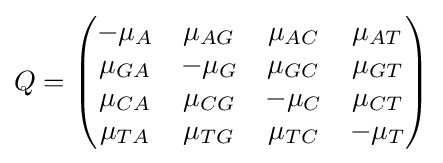
Q={\begin{pmatrix}-\mu _{A}&\mu _{AG}&\mu _{AC}&\mu _{AT}\\\mu _{GA}&-\mu _{G}&\mu _{GC}&\mu _{GT}\\\mu _{CA}&\mu _{CG}&-\mu _{C}&\mu _{CT}\\\mu _{TA}&\mu _{TG}&\mu _{TC}&-\mu _{T}\end{pmatrix}}